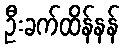
ဦးခက်ထိန်နန်